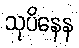
သုပိနေန